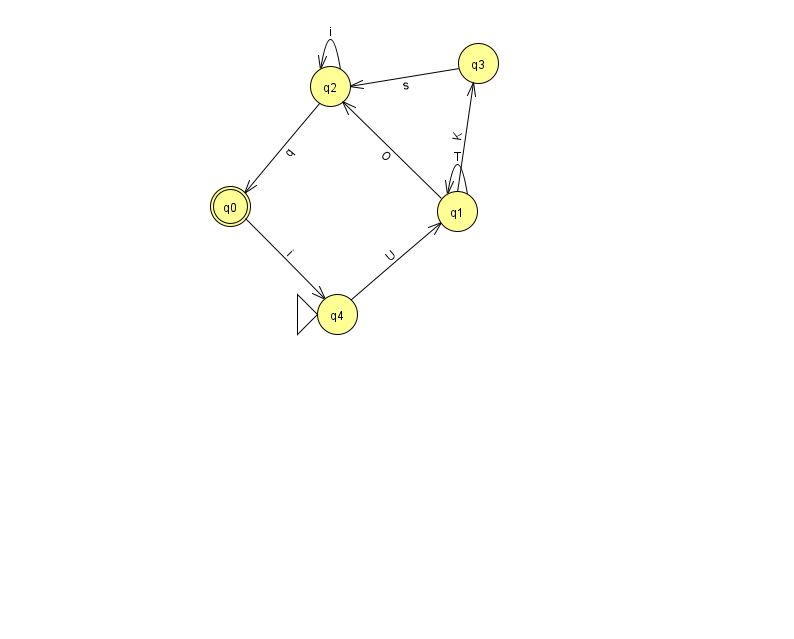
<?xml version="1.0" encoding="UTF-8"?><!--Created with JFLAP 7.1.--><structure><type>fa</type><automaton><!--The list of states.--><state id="0" name="q0"><x>230.0</x><y>193.0</y><final/></state><state id="1" name="q1"><x>457.0</x><y>198.0</y></state><state id="2" name="q2"><x>330.0</x><y>73.0</y></state><state id="3" name="q3"><x>478.0</x><y>50.0</y></state><state id="4" name="q4"><x>337.0</x><y>301.0</y><initial/></state><!--The list of transitions.--><transition><from>2</from><to>0</to><read>q</read></transition><transition><from>0</from><to>4</to><read>i</read></transition><transition><from>1</from><to>1</to><read>T</read></transition><transition><from>3</from><to>2</to><read>s</read></transition><transition><from>4</from><to>1</to><read>U</read></transition><transition><from>2</from><to>2</to><read>i</read></transition><transition><from>1</from><to>2</to><read>O</read></transition><transition><from>1</from><to>3</to><read>K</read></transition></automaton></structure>